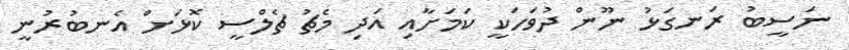
ނަސީބު ރަނގަޅު ނޫން ދުވަހަކީ ކަމަށާއި އަދި މެޗު ޗެލްސީ ކޮޅަށް އެނބުރުނީ